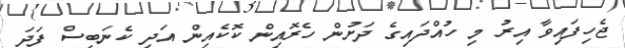
ޖެހިފައިވާ އިރު މި ހުއްދައިގެ ދަށުން ހެރޮއިން ކޮކެއިން އަދި ކެނަބިސް ފަދަ